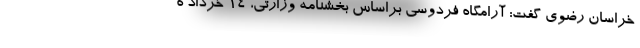
خراسان رضوی گفت: آرامگاه فردوسی براساس بخشنامه وزارتی، 14 خرداد ه